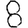
Digit: 8